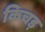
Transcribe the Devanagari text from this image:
किचड़